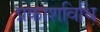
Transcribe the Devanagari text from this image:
प्रकाशविधि